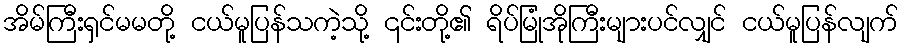
အိမ်ကြီးရှင်မမတို့ ငယ်မူပြန်သကဲ့သို့ ၎င်းတို့၏ ရိပ်မြုံအိုကြီးများပင်လျှင် ငယ်မူပြန်လျက်